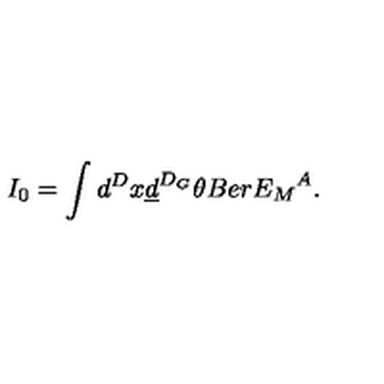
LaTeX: I _ { 0 } = \int d ^ { D } x \underline { { d } } ^ { D _ { G } } \theta B e r { E _ { M } } ^ { A } .